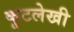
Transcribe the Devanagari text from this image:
कूटलेखी